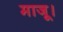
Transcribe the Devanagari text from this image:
माजू।